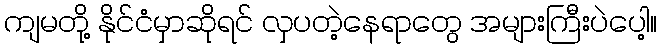
ကျမတို့ နိုင်ငံမှာဆိုရင် လှပတဲ့နေရာတွေ အများကြီးပဲပေါ့။